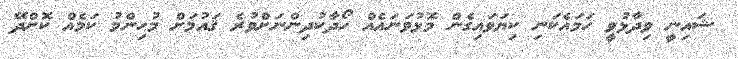
ޝައިނީ ވިދާޅުވީ ހަމައެކަނި ކިޔަވައިގެން މޮޅުވަނައެއް ހޯދާކުދިންނަށްވުރެ ޤައުމަށް މުހިންމު ކަމެއް ކޮށްދޭ